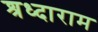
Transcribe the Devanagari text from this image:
श्रध्दाराम